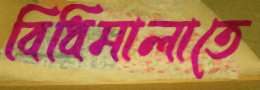
বিধিমালাতে